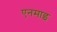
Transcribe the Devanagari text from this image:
एनमाइ